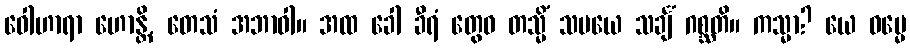
ဝေါဟာရာ ဟောန္တိ, တေသံ အဘာဝါ။ အထ ခေါ ခီရံ တွေဝ တသ္မိံ သမယေ သင်္ချံ ဂစ္ဆတိ။ ကသ္မာ? ယေ ဓမ္မေ